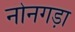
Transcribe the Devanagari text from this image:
नोनगड़ा